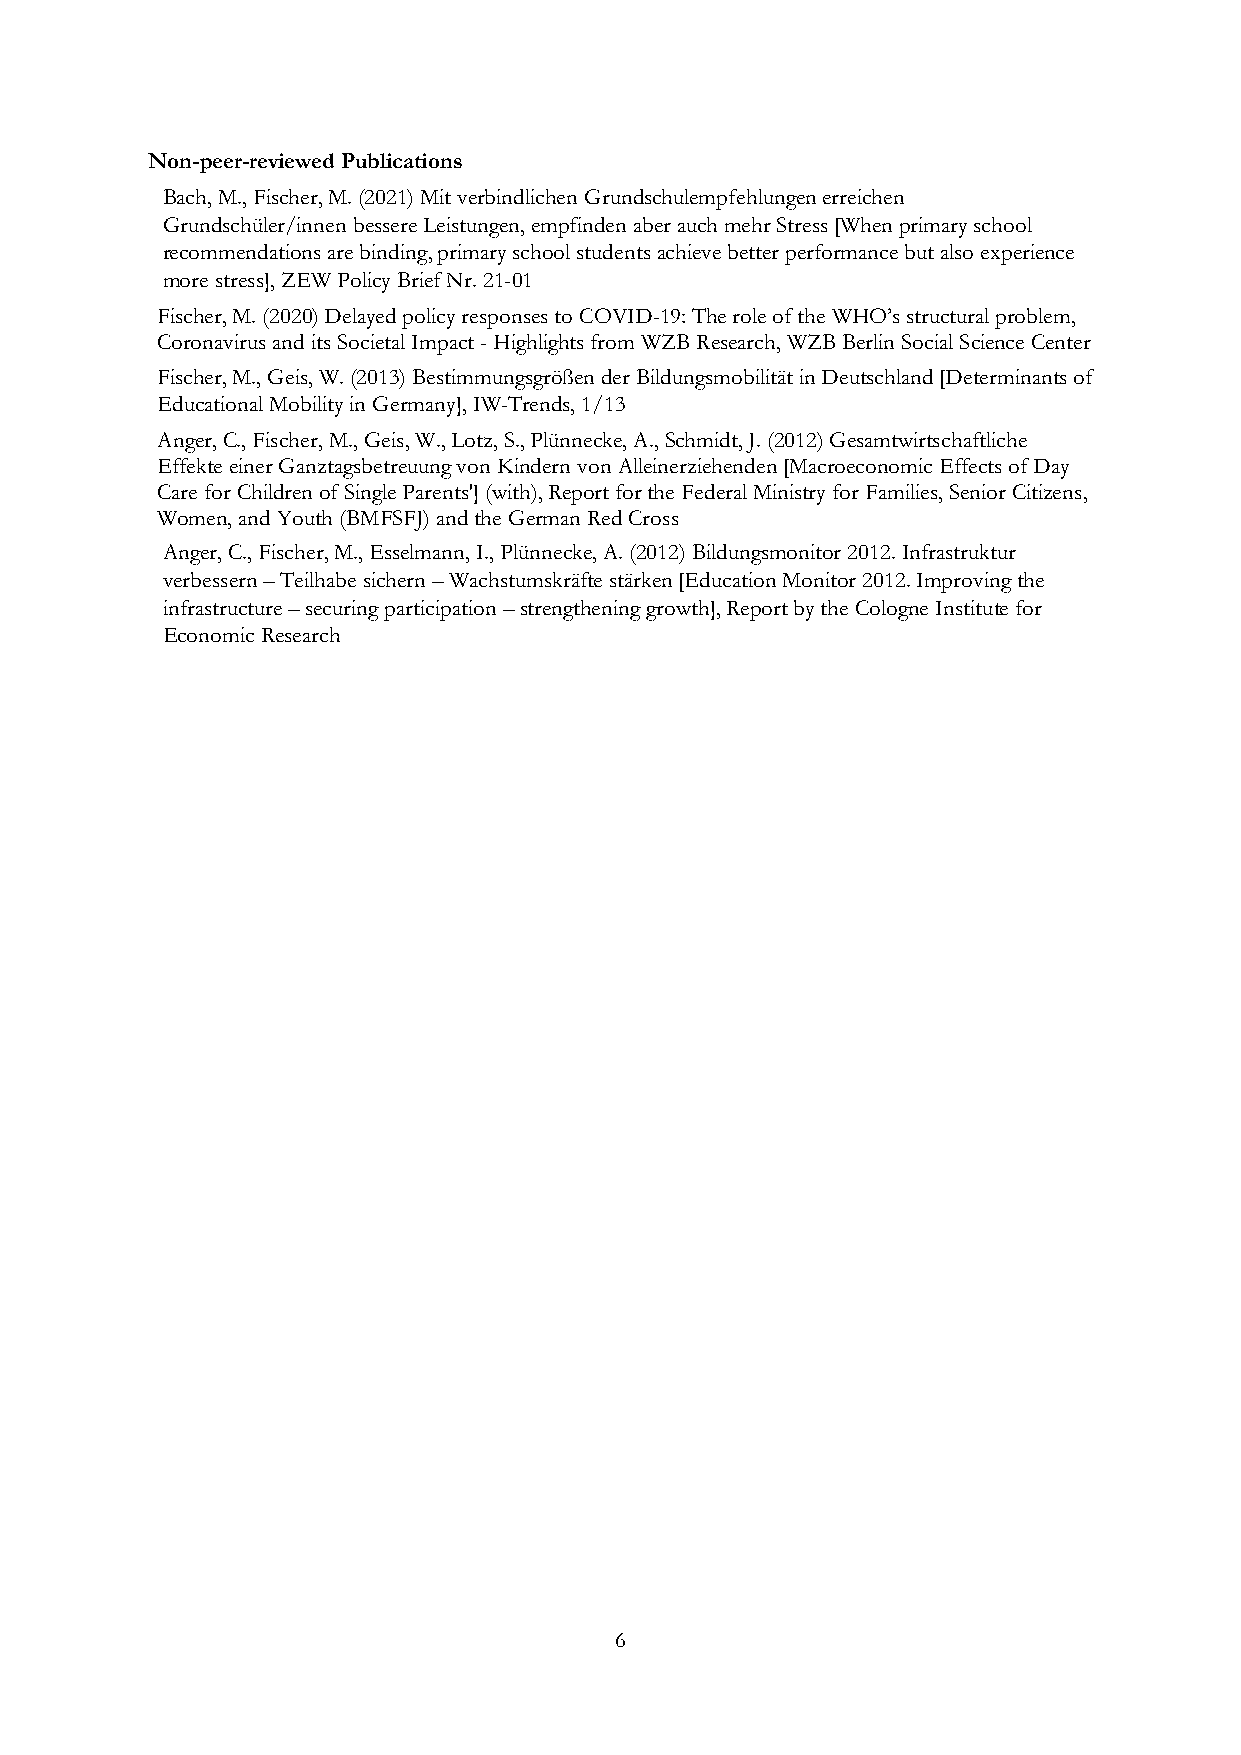
Non-peer-reviewed Publications
 Bach, M., Fischer, M. (2021) Mit verbindlichen Grundschulempfehlungen erreichen
 Grundschüler/innen bessere Leistungen, empfinden aber auch mehr Stress [When primary school
 recommendations are binding, primary school students achieve better performance but also experience
 more stress], ZEW Policy Brief Nr. 21-01
 Fischer, M. (2020) Delayed policy responses to COVID-19: The role of the WHO’s structural problem,
 Coronavirus and its Societal Impact - Highlights from WZB Research, WZB Berlin Social Science Center
 Fischer, M., Geis, W. (2013) Bestimmungsgrößen der Bildungsmobilität in Deutschland [Determinants of
 Educational Mobility in Germany], IW-Trends, 1/13
 Anger, C., Fischer, M., Geis, W., Lotz, S., Plünnecke, A., Schmidt, J. (2012) Gesamtwirtschaftliche
 Effekte einer Ganztagsbetreuung von Kindern von Alleinerziehenden [Macroeconomic Effects of Day
 Care for Children of Single Parents'] (with), Report for the Federal Ministry for Families, Senior Citizens,
 Women, and Youth (BMFSFJ) and the German Red Cross
 Anger, C., Fischer, M., Esselmann, I., Plünnecke, A. (2012) Bildungsmonitor 2012. Infrastruktur
 verbessern – Teilhabe sichern – Wachstumskräfte stärken [Education Monitor 2012. Improving the
 infrastructure – securing participation – strengthening growth], Report by the Cologne Institute for
 Economic Research
 6